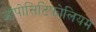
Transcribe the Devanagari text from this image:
ऑपोसिटिफ़ोलियम